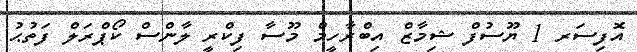
އޮފިސަރ 1 ޔޫސުފް ޝިމާޒް އިބްރާހީމް މޫސާ ފިކްރީ ލާންސް ކޯޕްރަލް ފަތުޙު